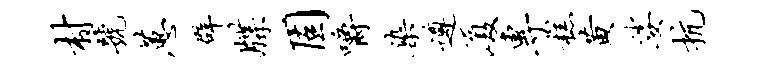
村号蕙辟牒固嚼染遵厦专糕黄娑抗